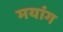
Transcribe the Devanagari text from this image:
मयांग